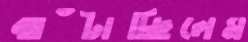
ঝাঁটাচ্ছিলেম